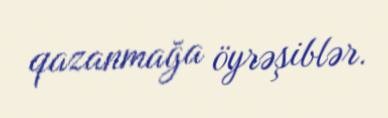
qazanmağa öyrəşiblər.